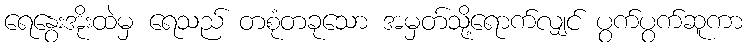
ရေနွေးအိုးထဲမှ ရေသည် တစုံတခုသော အမှတ်သို့ရောက်လျှင် ပွက်ပွက်ဆူကာ